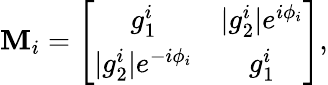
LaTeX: \mathbf{M}_{i}=\left[\begin{array}{cccc}{g_{1}^{i}}&{|g_{2}^{i}|e^{i\phi_{i}}}\\ {|g_{2}^{i}|e^{-i\phi_{i}}}&{g_{1}^{i}}\end{array}\right],